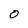
Character: O